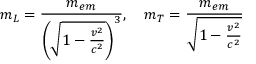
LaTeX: m _ { L } = { \frac { m _ { e m } } { \left( { \sqrt { 1 - { \frac { v ^ { 2 } } { c ^ { 2 } } } } } \right) ^ { 3 } } } , \quad m _ { T } = { \frac { m _ { e m } } { \sqrt { 1 - { \frac { v ^ { 2 } } { c ^ { 2 } } } } } }